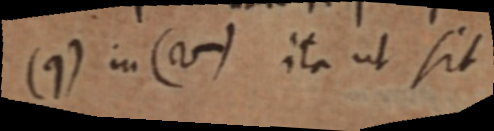
(q) in (V) ita ut sit